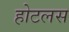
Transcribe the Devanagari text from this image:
होटलस